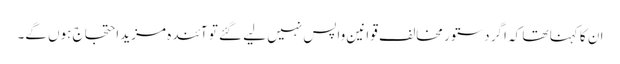
ان کا کہنا تھا کہ اگر دستور مخالف قوانین واپس نہیں لیے گئے تو آئندہ مزید احتجاج ہوں گے۔